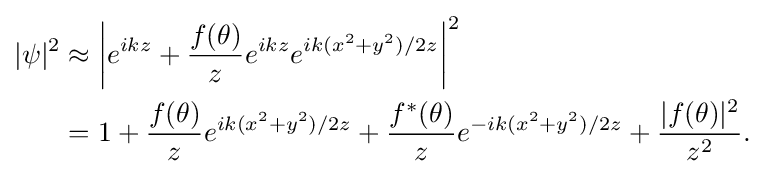
{\begin{aligned}|\psi |^{2}&\approx \left|e^{ikz}+{\frac {f(\theta )}{z}}e^{ikz}e^{ik(x^{2}+y^{2})/2z}\right|^{2}\\&=1+{\frac {f(\theta )}{z}}e^{ik(x^{2}+y^{2})/2z}+{\frac {f^{*}(\theta )}{z}}e^{-ik(x^{2}+y^{2})/2z}+{\frac {|f(\theta )|^{2}}{z^{2}}}.\end{aligned}}